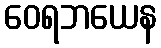
ဝေရဘယေန